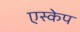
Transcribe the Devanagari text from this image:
एस्‍केप